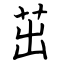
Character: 茁